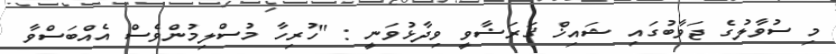
މި ސުވާލުގެ ޖަވާބުގައި ޝައިޚް ޤަރަޟާވީ ވިދާޅުވަނީ : "ހުރިހާ މުސްލިމުންވެސް އެއްބަސްވާ